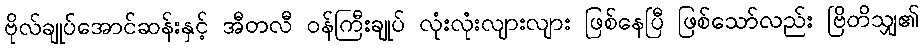
ဗိုလ်ချုပ်အောင်ဆန်းနှင့် အီတလီ ဝန်ကြီးချုပ် လုံးလုံးလျားလျား ဖြစ်နေပြီ ဖြစ်သော်လည်း ဗြိတိသျှ၏